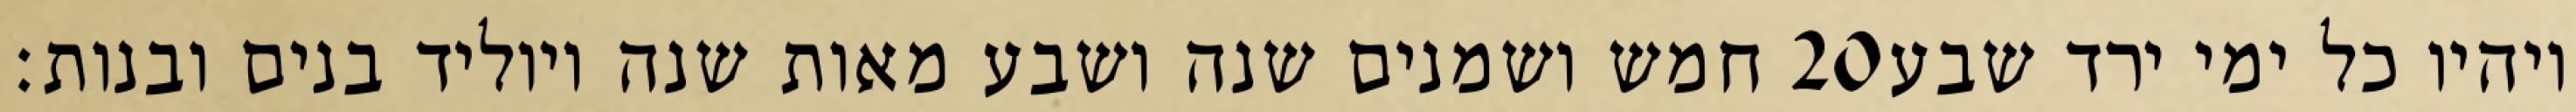
חמש ושמנים שנה ושבע מאות שנה ויוליד בנים ובנות׃ ‎20‏ ויהיו כל ימי ירד שבע